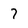
Character: 7